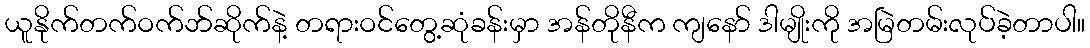
ယူနိုက်တက်ဝက်ဘ်ဆိုက်နဲ့ တရားဝင်တွေ့ဆုံခန်းမှာ အန်တိုနီက ကျနော် ဒါမျိုးကို အမြဲတမ်းလုပ်ခဲ့တာပါ။